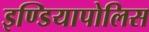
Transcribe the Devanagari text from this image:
इण्डियापोलिस